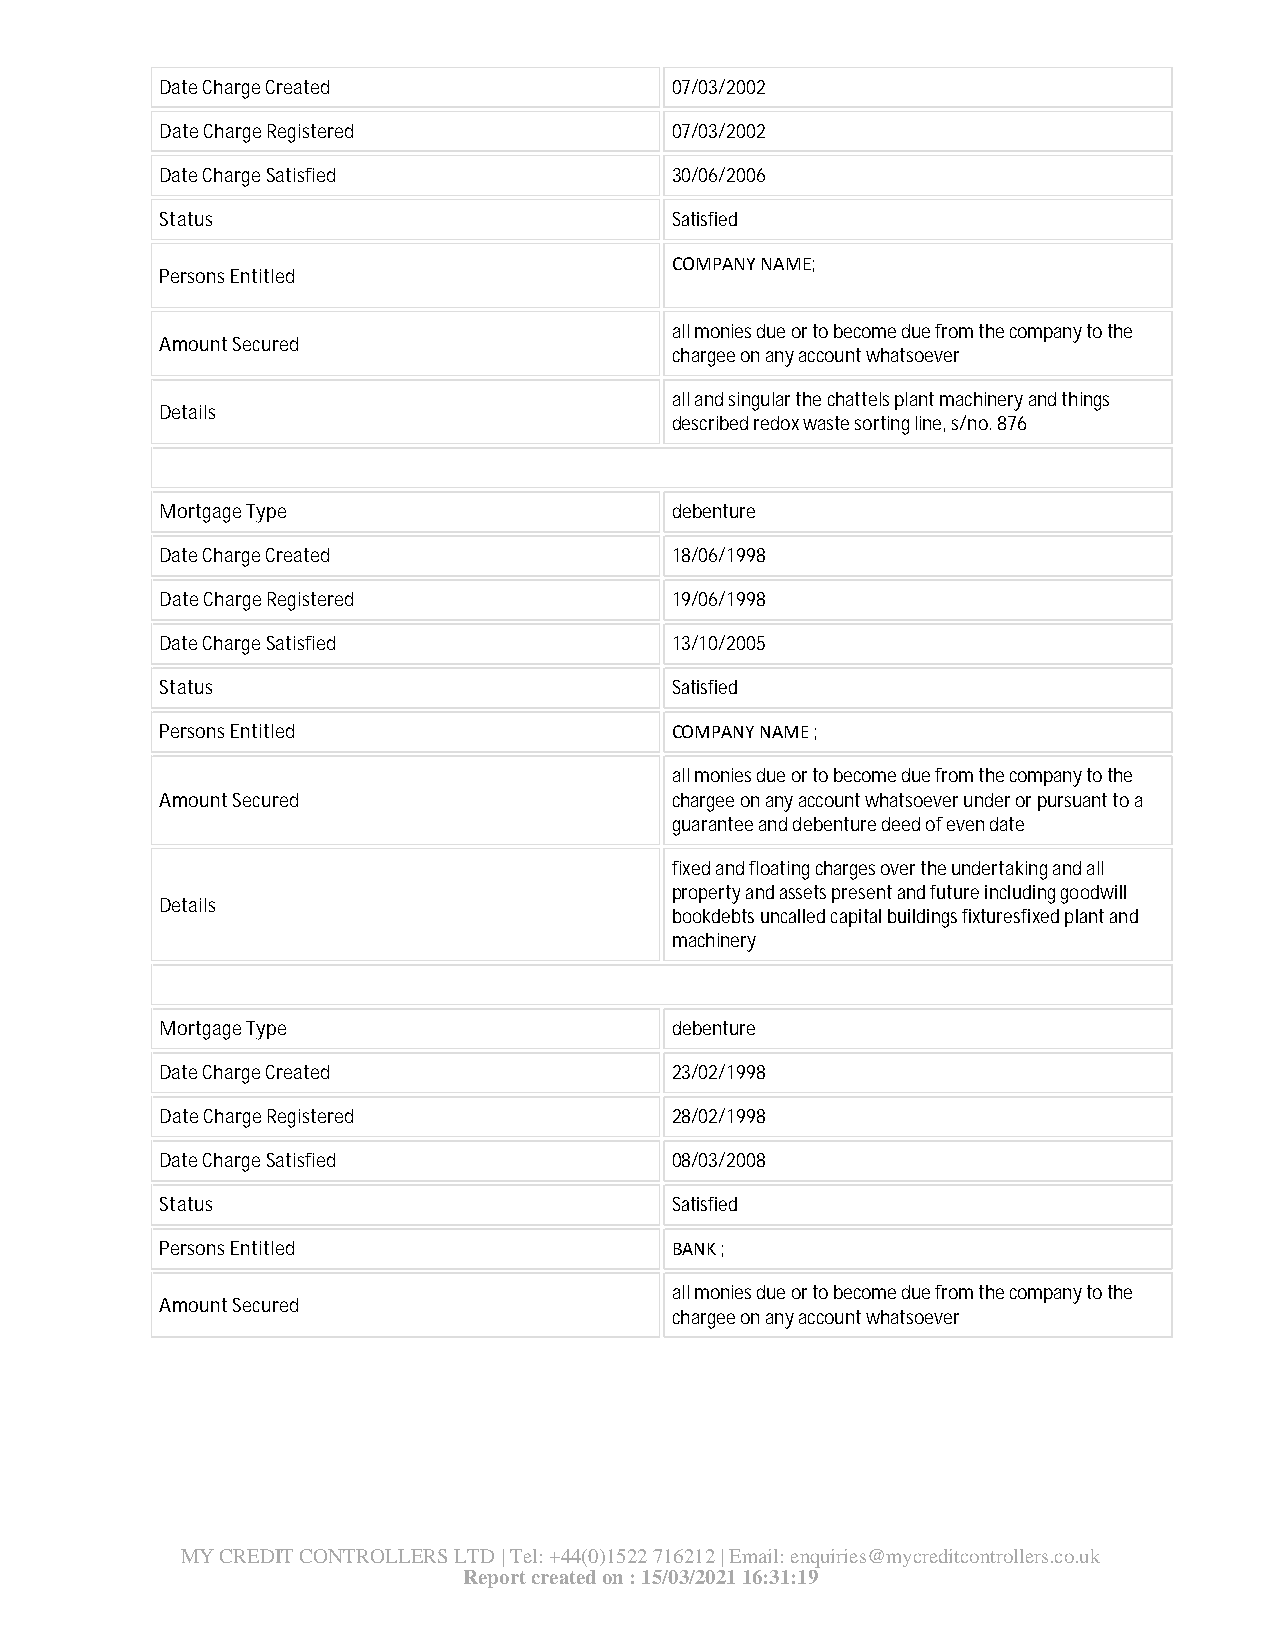
Date Charge Created              07/03/2002
 Date Charge Registered           07/03/2002
 Date Charge Satisfied            30/06/2006
 Status                           Satisfied
 COMPANY NAME;
 Persons Entitled
 all monies due or to become due from the company to the
 Amount Secured
 chargee on any account whatsoever
 all and singular the chattels plant machinery and things
 Details
 described redox waste sorting line, s/no. 876
 Mortgage Type                    debenture
 Date Charge Created              18/06/1998
 Date Charge Registered           19/06/1998
 Date Charge Satisfied            13/10/2005
 Status                           Satisfied
 Persons Entitled                 COMPANY NAME ;
 all monies due or to become due from the company to the
 Amount Secured                   chargee on any account whatsoever under or pursuant to a
 guarantee and debenture deed of even date
 fixed and floating charges over the undertaking and all
 property and assets present and future including goodwill
 Details
 bookdebts uncalled capital buildings fixturesfixed plant and
 machinery
 Mortgage Type                    debenture
 Date Charge Created              23/02/1998
 Date Charge Registered           28/02/1998
 Date Charge Satisfied            08/03/2008
 Status                           Satisfied
 Persons Entitled                 BANK ;
 all monies due or to become due from the company to the
 Amount Secured
 chargee on any account whatsoever
 MY CREDIT CONTROLLERS LTD | Tel: +44(0)1522 716212 | Email: enquiries@mycreditcontrollers.co.uk
 Report created on : 15/03/2021 16:31:19